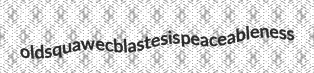
oldsquaw ecblastesis peaceableness